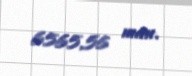
6565,56 man.